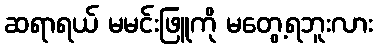
ဆရာရယ် မမင်းဖြူကို မတွေ့ရဘူးလား